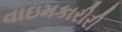
વાઇમકારીરી